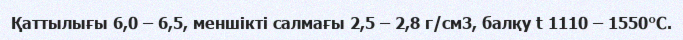
Қаттылығы 6,0 – 6,5, меншікті салмағы 2,5 – 2,8 г/см3, балқу t 1110 – 1550°С.